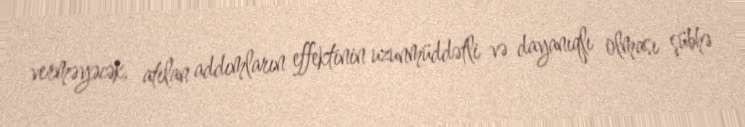
verməyəcək, atılan addımların effektinin uzunmüddətli və dayanıqlı olması şübhə